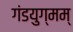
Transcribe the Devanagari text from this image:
गंडयुग्मम्